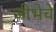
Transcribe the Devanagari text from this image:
जीभेचे